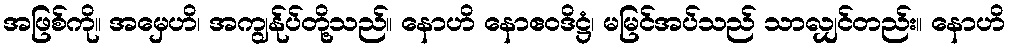
အဖြစ်ကို။ အမှေဟိ၊ အကျွန်ုပ်တို့သည်။ နောဟိ နောဧဝဒိဋ္ဌံ၊ မမြင်အပ်သည် သာလျှင်တည်း။ နောဟိ